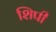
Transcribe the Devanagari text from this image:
शिपी